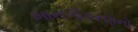
ખાનગીકરણનો